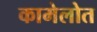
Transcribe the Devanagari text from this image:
कामेलोत